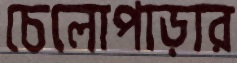
চেলোপাড়ার